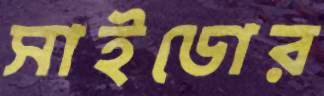
সাইডোর